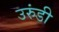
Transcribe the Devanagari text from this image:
उरुंडी